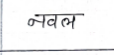
मजकूर: नवल